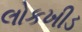
લોકખીડ